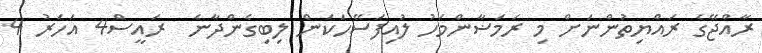
ރާއްޖޭގެ ރައްޔިތުންނަށް މި ރަމަޟާންމަހު ލުއިފަސޭހަކަން ލިބިގެންދާނެ  ރައީސް4 އަހަރު 4